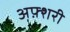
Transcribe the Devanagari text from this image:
अफ़्शरी